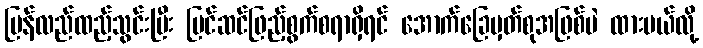
ပြန်လည်ထည့်သွင်းပြီး ပြင်ဆင်ဖြည့်စွက်စရာရှိရင် အောက်ခြေမှတ်စုအဖြစ်ပဲ ထားမယ်လို့